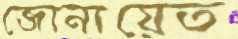
জোনায়েত